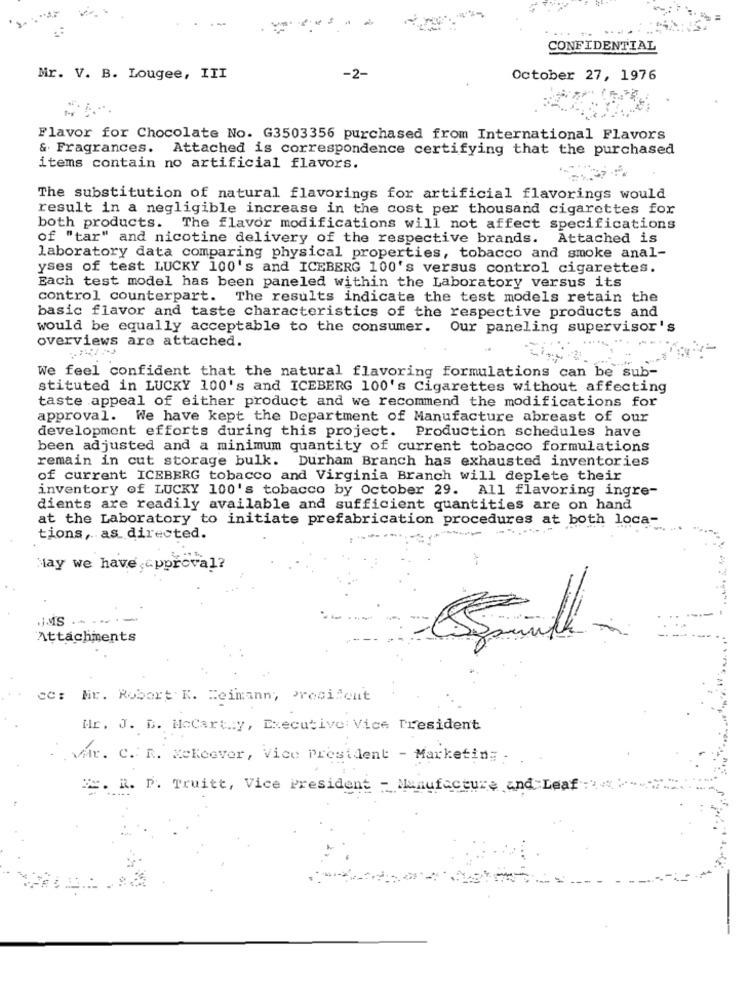
CONFIDENTIAL
Mr. V. B. Lougee, III
-2-
October 27, 1976
Flavor for Chocolate No. G3503356 purchased from International Flavors
& Fragrances. Attached is correspondence certifying that the purchased
items contain no artificial flavors.
The substitution of natural flavorings for artificial flavorings would
result in a negligible increase in the cost per thousand cigarettes for
both products. The flavor modifications will not affect specifications
of "tar" and nicotine delivery of the respective brands. Attached is
laboratory data comparing physical properties, tobacco and smoke anal-
yses of test LUCKY 100's and ICEBERG 100's versus control cigarettes.
Each test model has been paneled within the Laboratory versus its
control counterpart. The results indicate the test models retain the
basic flavor and taste characteristics of the respective products and
would be equally acceptable to the consumer.
Our paneling supervisor's
overviews are attached.
We feel confident that the natural flavoring formulations can be sub-
stituted in LUCKY 100's and ICEBERG 100's Cigarettes without affecting
taste appeal of either product and we recommend the modifications for
approval. We have kept the Department of Manufacture abreast of our
development efforts during this project. Production schedules have
been adjusted and a minimum quantity of current tobacco formulations
remain in cut storage bulk. Durham Branch has exhausted inventories
of current ICEBERG tobacco and Virginia Branch will deplete their
inventory of LUCKY 100's tobacco by October 29. All flavoring ingre-
dients are readily available and sufficient quantities are on hand
at the Laboratory to initiate prefabrication procedures at both loca-
-- -----
tions, as directed.
lay we have,approval?
Attachments
cc: Mr. Robert K. Reimann, president
Hr. J. D. McCart .: y, Executive Vice President
Var. C. R. Mckeever, Vice President - Marketing -
2. R. P. Truitt, Vice President - Manufacture and Leaf